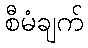
စီမံချက်